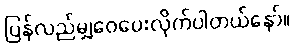
ပြန်လည်မျှဝေပေးလိုက်ပါတယ်နော်။